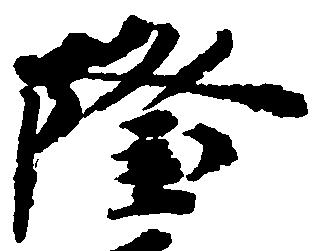
隆